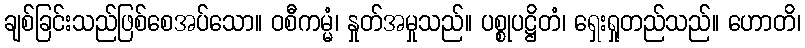
ချစ်ခြင်းသည်ဖြစ်စေအပ်သော။ ဝစီကမ္မံ၊ နှုတ်အမှုသည်။ ပစ္စုပဋ္ဌိတံ၊ ရှေးရှုတည်သည်။ ဟောတိ၊